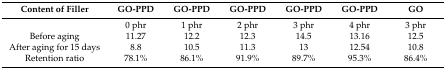
<table><thead><tr><td><b>Content of Filler</b></td><td><b>GO-PPD</b></td><td><b>GO-PPD</b></td><td><b>GO-PPD</b></td><td><b>GO-PPD</b></td><td><b>GO-PPD</b></td><td><b>GO</b></td></tr></thead><tbody><tr><td></td><td>0 phr</td><td>1 phr</td><td>2 phr</td><td>3 phr</td><td>4 phr</td><td>3 phr</td></tr><tr><td>Before aging</td><td>11.27</td><td>12.2</td><td>12.3</td><td>14.5</td><td>13.16</td><td>12.5</td></tr><tr><td>After aging for 15 days</td><td>8.8</td><td>10.5</td><td>11.3</td><td>13</td><td>12.54</td><td>10.8</td></tr><tr><td>Retention ratio</td><td>78.1%</td><td>86.1%</td><td>91.9%</td><td>89.7%</td><td>95.3%</td><td>86.4%</td></tr></tbody></table>